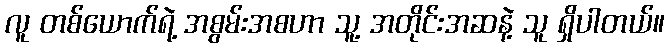
လူ တစ်ယောက်ရဲ့ အစွမ်းအစဟာ သူ့ အတိုင်းအဆနဲ့ သူ ရှိပါတယ်။